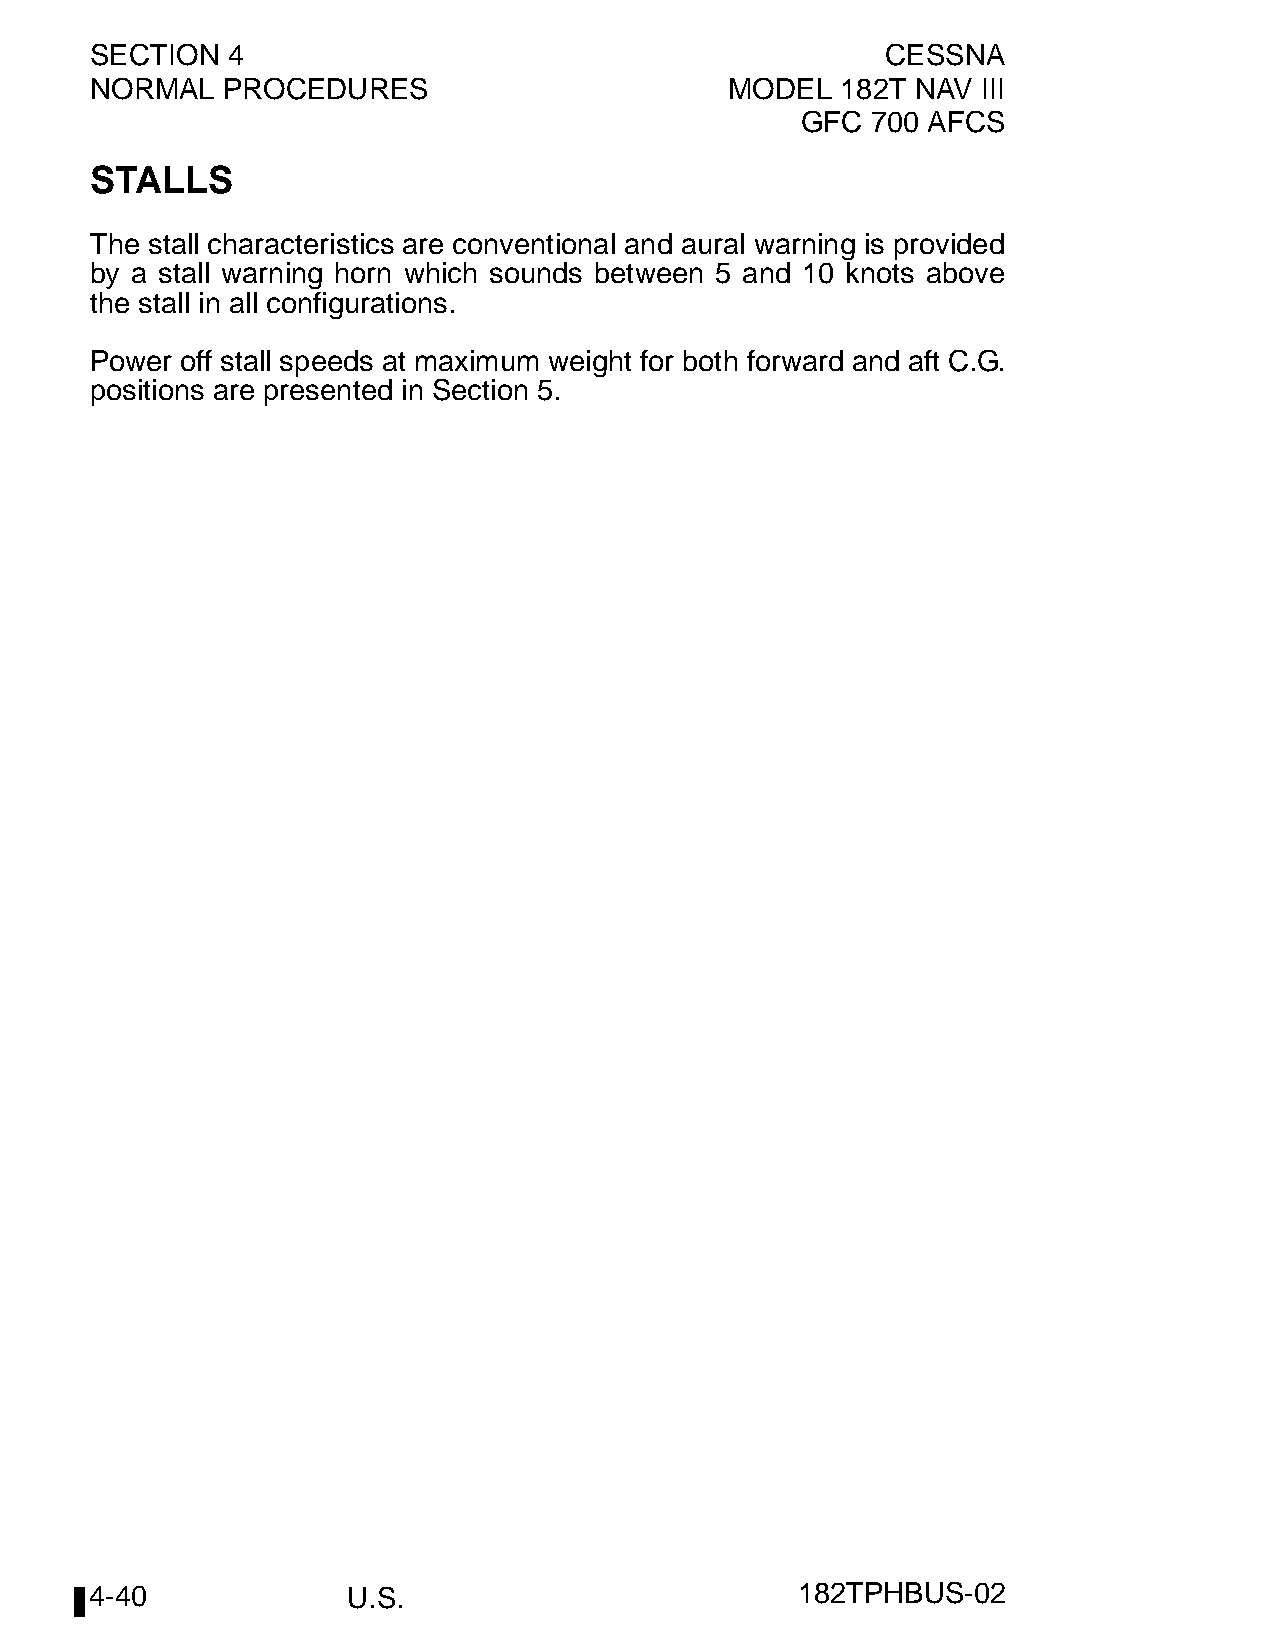
SECTION  4                                           CESSNA
 NORMAL   PROCEDURES                       MODEL   182T NAV III
 GFC  700 AFCS
 STALLS
 The stall characteristics are conventional and aural warning is provided
 by a stall warning horn which sounds between 5 and 10 knots above
 the stall in all configurations.
 Power off stall speeds at maximum weight for both forward and aft C.G.
 positions are presented in Section 5.
 4-40             U.S.                          182TPHBUS-02